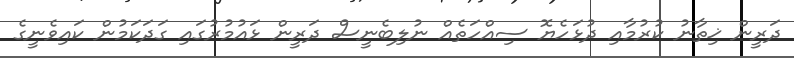
ދަރީން ޚިތާނު ކުރުމާއި ދުޅަހެޔޮ ސިއްހަތެއް ނުލިބެނީސް ދަރީން ޅައުމުރުގައި ގަދަކަމުން ކައިވެނީގެ